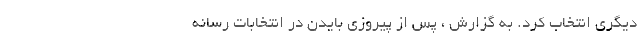
دیگری انتخاب کرد. به گزارش ، پس از پیروزی بایدن در انتخابات رسانه